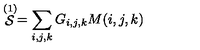
\stackrel { ( 1 ) } { \cal { S } } = \sum _ { i , j , k } G _ { i , j , k } M ( i , j , k )